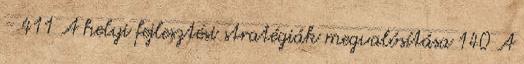
- 411 A helyi fejlesztési stratégiák megvalósítása 140 A